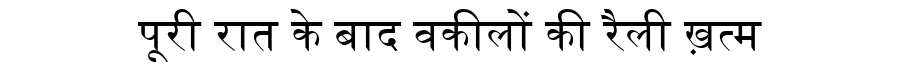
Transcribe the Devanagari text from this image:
पूरी रात के बाद वकीलों की रैली ख़त्म